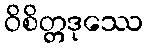
ဝိစိတ္တဒုဿေ